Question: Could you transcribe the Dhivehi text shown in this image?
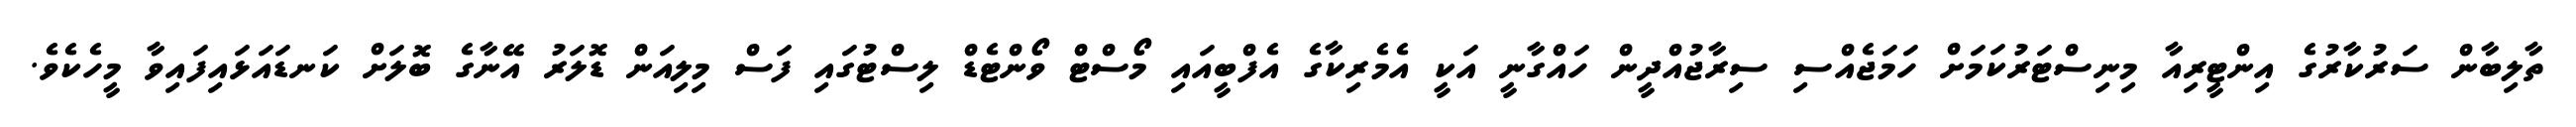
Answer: ތާލިބާން ސަރުކާރުގެ އިންޓީރިއާ މިނިސްޓަރުކަމަށް ހަމަޖެއްސި ސިރާޖުއްދީން ހައްގާނީ އަކީ އެމެރިކާގެ އެފްބީއައި މޯސްޓް ވޯންޓެޑް ލިސްޓުގައި ފަސް މިލިއަން ޑޮލަރު އޭނާގެ ބޮލަށް ކަނޑައަޅައިފައިވާ މީހެކެވެ.